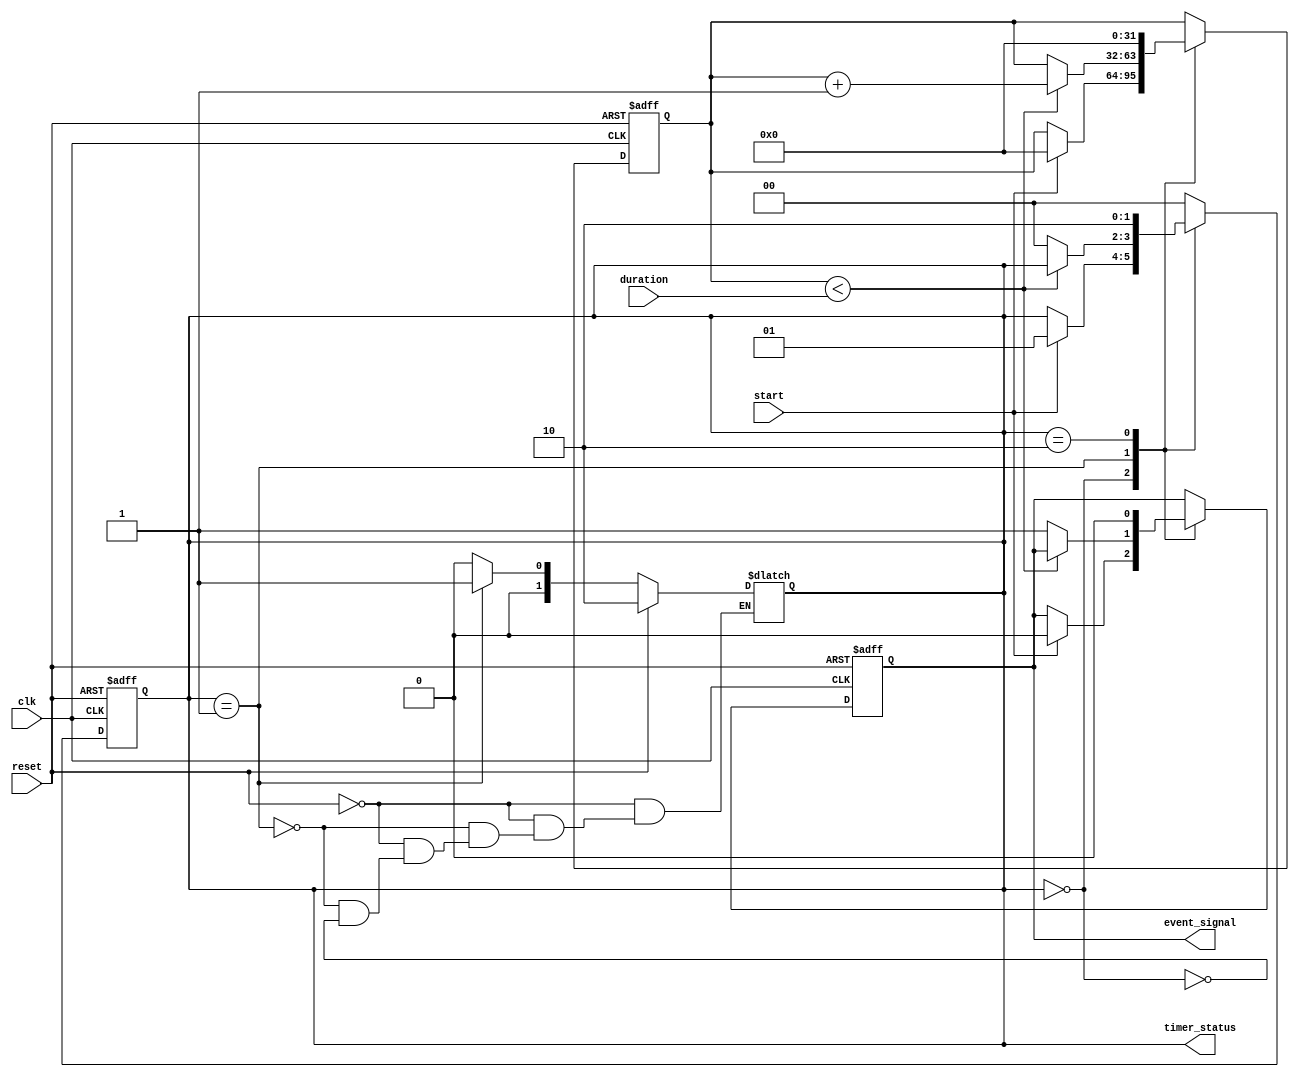
module TimerEventControl (
    input wire clk,              // Clock signal
    input wire start,            // Start signal
    input wire reset,            // Reset signal
    input wire [31:0] duration,  // Time duration (in clock cycles)
    output reg event_signal,      // Event signal
    output reg [1:0] timer_status // Timer status: 00 = stopped, 01 = running, 10 = reset
);

    reg [31:0] timer_count;      // Internal timer count

    // Timer status encoding
    localparam TIMER_STOPPED = 2'b00;
    localparam TIMER_RUNNING = 2'b01;
    localparam TIMER_RESET = 2'b10;

    // Sequential logic for timer operation
    always @(posedge clk or posedge reset) begin
        if (reset) begin
            // Reset the timer
            timer_count <= 32'b0;
            event_signal <= 1'b0;
            timer_status <= TIMER_RESET;
        end else begin
            case (timer_status)
                TIMER_STOPPED: begin
                    if (start) begin
                        // Start the timer
                        timer_count <= 32'b0;
                        event_signal <= 1'b0;
                        timer_status <= TIMER_RUNNING;
                    end
                end
                
                TIMER_RUNNING: begin
                    // Increment the timer count
                    if (timer_count < duration) begin
                        timer_count <= timer_count + 1;
                    end else begin
                        // Timer reached the duration
                        event_signal <= 1'b1;
                        timer_status <= TIMER_STOPPED; // Stop the timer after event
                    end
                end
                
                TIMER_RESET: begin
                    // Timer is in reset state, do nothing
                    timer_count <= 32'b0;
                    event_signal <= 1'b0;
                    timer_status <= TIMER_RESET;
                end
                
                default: begin
                    // Default case to handle unexpected states
                    timer_status <= TIMER_STOPPED;
                end
            endcase
        end
    end

    // Update timer status
    always @(*) begin
        if (reset) begin
            timer_status = TIMER_RESET;
        end else if (timer_status == TIMER_RUNNING) begin
            timer_status = TIMER_RUNNING;
        end else if (timer_status == TIMER_STOPPED) begin
            timer_status = TIMER_STOPPED;
        end
    end

endmodule